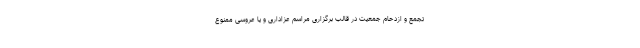
تجمع و ازدحام جمعیت در قالب برگزاری مراسم عزاداری و یا عروسی ممنوع